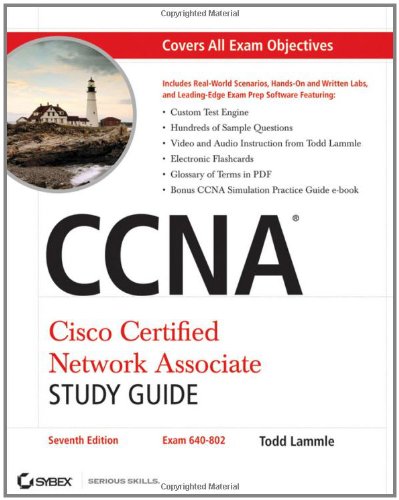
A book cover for CCNA Cisco Certified Network Associate Study Guide, 7th Edition; Todd Lammle; Computers & Technology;